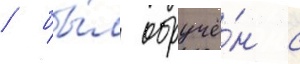
/ бы́л обручё́н с